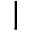
\rvert